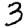
Digit: 3